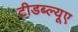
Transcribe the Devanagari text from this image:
टीडब्ल्‍यूए